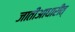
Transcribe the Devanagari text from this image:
जातीआधारीत्